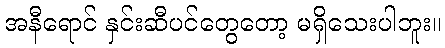
အနီရောင် နှင်းဆီပင်တွေတော့ မရှိသေးပါဘူး။